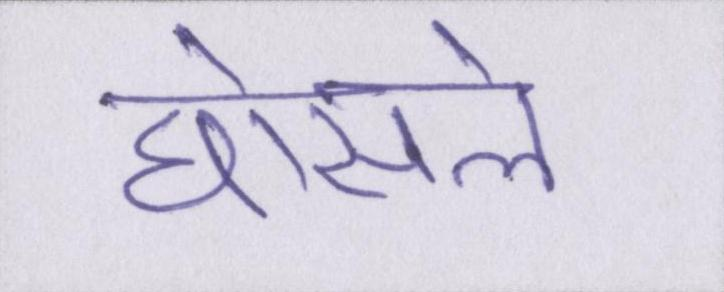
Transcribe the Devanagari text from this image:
घोसले